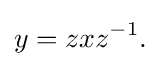
y=zxz^{-1}.\,\!